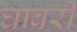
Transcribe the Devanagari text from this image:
घाबरी